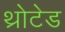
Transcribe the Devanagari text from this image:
थ्रोटेड